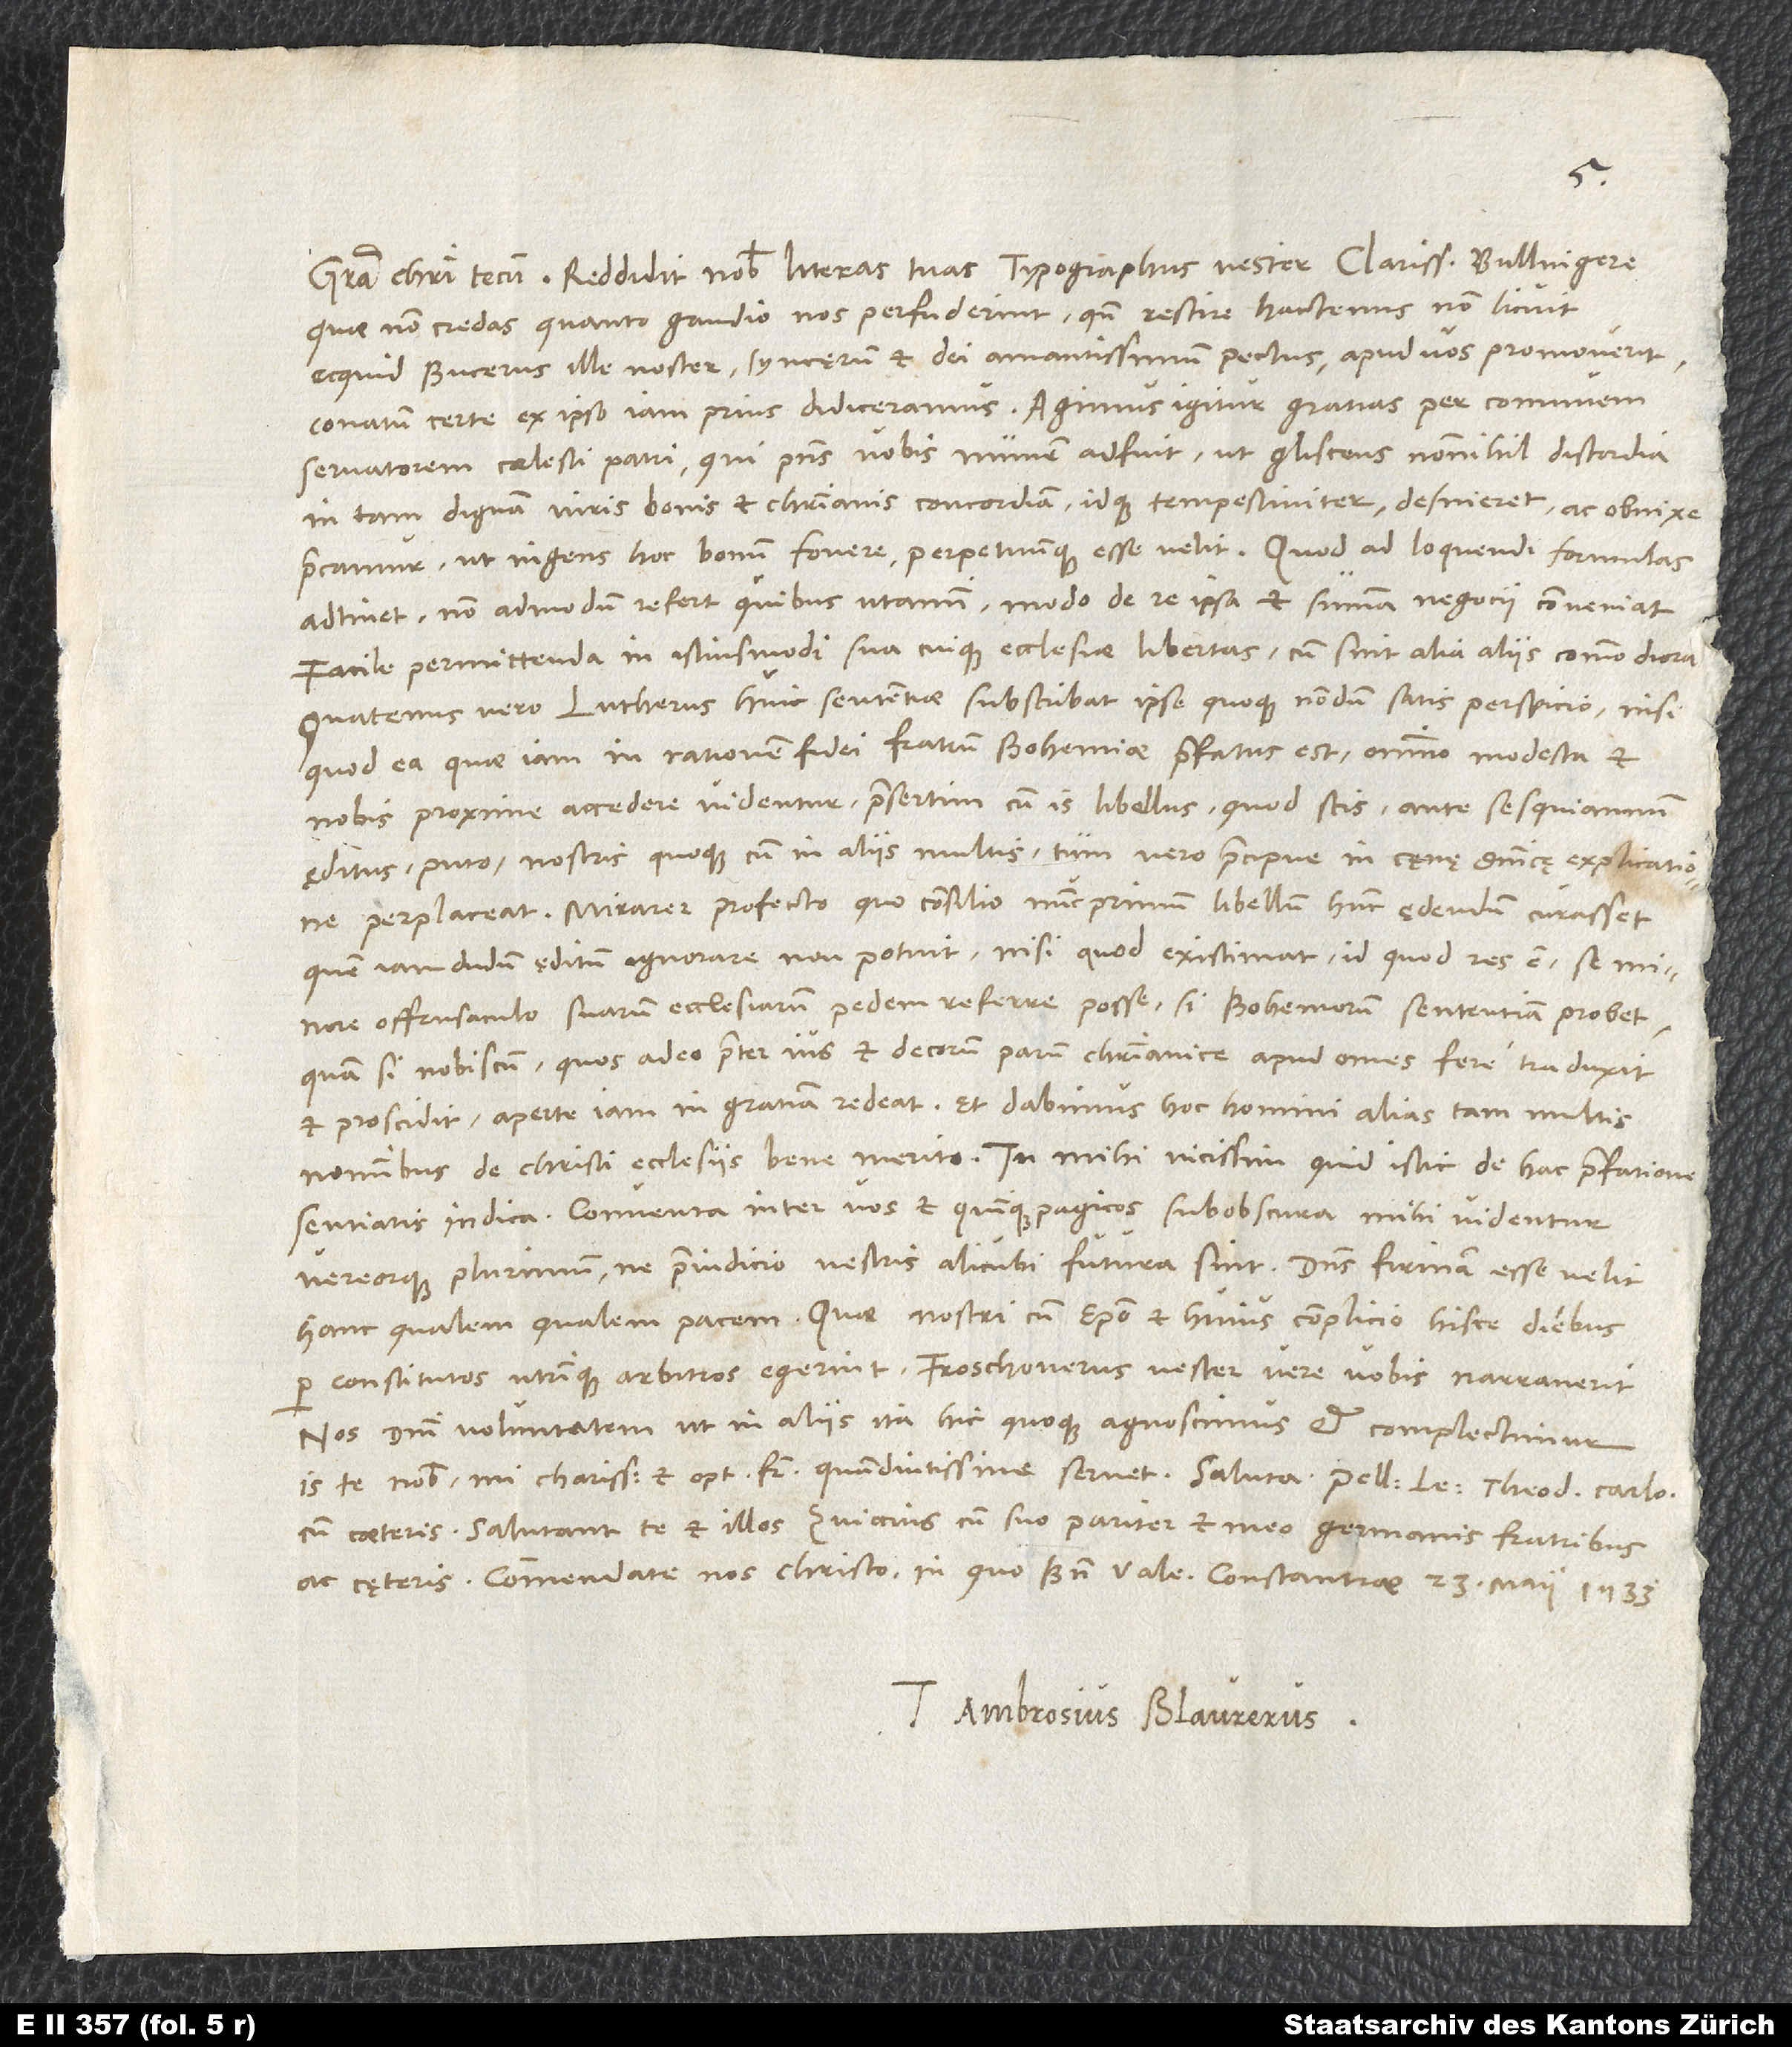
quae non credas quanto gaudio nos perfuderint, quando rescire hactenus non licuit,
ecquid Bucerus ille noster, syncęrum et dei amantissimum pectus, apud vos promoverit.
Conatum certe ex ipso iam prius didiceramus. Agimus igitur gratias per communem
servatorem coelesti patri, qui praesens vobis numen adfuit, ut gliscens nonnihil discordia
in tam dignam viris bonis et christianis concordiam, idque tempestiviter, desineret, ac obnixe
precamur, ut ingens hoc bonum fovere perpetuumque esse velit. Quod ad loquendi formulas
adtinet, non admodum refert, quibus utamini, modo de re ipsa et summa negotii conveniat.
Facile permittenda in istius modi sua cuique ecclesiae libertas, cum sint alia aliis commodiora.
Quatenus vero Lutherus huic sententiae subscribat, ipse quoque nondum satis perspicio, nisi
quod ea, quae iam in rationem fidei fratrum Bohemiae praefatus est, omnino modesta et
nobis proxime accedere videntur, praesertim cum is libellus, quod scis, ante sesquiannum
editus, puto, nostris quoque cum in aliis multis, tum vero praecipue in caenae dominicę explicatione
perplaceat. Mirarer profecto, quo consilio nunc primum libellum hunc aędendum curasset,
quem iam dudum ęditum ignorare non potuit, nisi quod existimat, id quod res est, se minore
offensaculo suarum ecclesiarum pedem referre posse, si Bohemorum sententiam probet,
quam si nobiscum, quos adeo praeter ius et decorum parum christianice apud omnes fere traduxit
et proscidit, aperte iam in gratiam redeat, et dabimus hoc homini alias tam multis
nominibus de Christi ecclesiis bene merito. Tu mihi vicissim, quid istic de hac praefatione
Conventa inter vos et Quinquepagicos subobscura mihi videntur,
vereorque plurimum, ne praeiudicio vestris alicubi futura sint. Dominus firmam esse velit
per constitutos utrinque arbitros egerint, Froschoverus vester vere vobis narraverit.
Nos domini voluntatem ut in aliis, ita hic quoque agnoscimus et complectimur.
cum caeteris. Salutant te et illos Zuiccius cum suo pariter et meo germanis fratribus
Tuus Ambrosius Blaurerus.